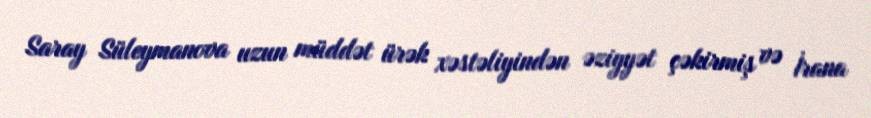
Saray Süleymanova uzun müddət ürək xəstəliyindən əziyyət çəkirmiş və İrana